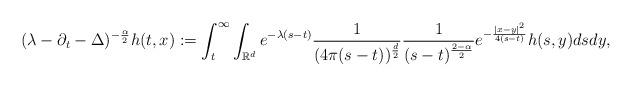
LaTeX: \begin{align*}(\lambda-\partial_t-\Delta)^{-\frac{\alpha}{2}}h(t,x):=\int_{t}^\infty\int_{\mathbb R^d}e^{-\lambda(s-t)}\frac{1}{(4\pi (s-t))^{\frac{d}{2}}}\frac{1}{(s-t)^{\frac{2-\alpha}{2}}}e^{-\frac{|x-y|^2}{4(s-t)}}h(s,y)dsdy,\end{align*}